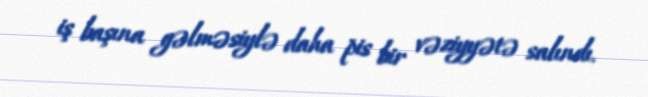
iş başına gəlməsiylə daha pis bir vəziyyətə salındı.